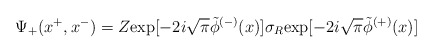
\begin{align*}{\Psi}_+(x^+,x^-)=Z{\rm exp}[-2i\sqrt{\pi}\tilde{\phi}^{(-)}(x)]{\sigma}_R{\rm exp}[-2i\sqrt{\pi}\tilde{\phi}^{(+)}(x)] \end{align*}